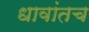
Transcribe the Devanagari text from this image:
धावांतच